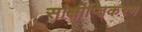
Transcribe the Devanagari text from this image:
सांक्षीप्तिकरण